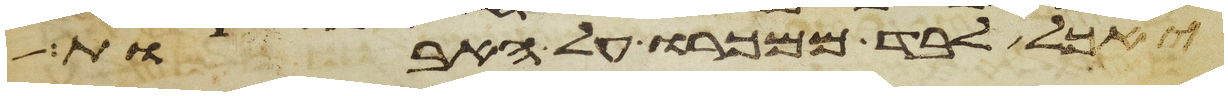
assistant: יאכל לבד ממכרו על האבות